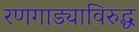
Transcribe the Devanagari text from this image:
रणगाड्याविरुद्ध